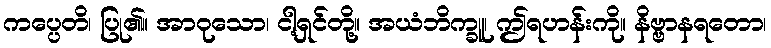
ကပ္ပေတိ၊ ပြု၏။ အာဝုသော၊ ငါ့ရှင်တို့။ အယံဘိက္ခူ၊ ဤရဟန်းကို။ နိဗ္ဗာနရတော၊